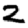
Digit: 2